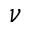
\nu